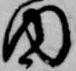
内